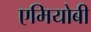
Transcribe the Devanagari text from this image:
एमियोबी